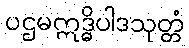
ပဌမဣဒ္ဓိပါဒသုတ္တံ